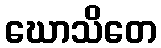
ဃောသိတေ